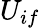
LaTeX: U_{if}